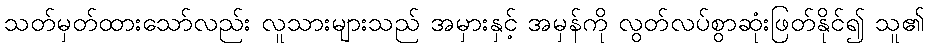
သတ်မှတ်ထားသော်လည်း လူသားများသည် အမှားနှင့် အမှန်ကို လွတ်လပ်စွာဆုံးဖြတ်နိုင်၍ သူ၏